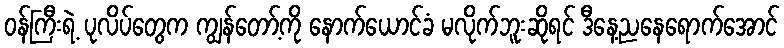
ဝန်ကြီးရဲ့ ပုလိပ်တွေက ကျွန်တော့်ကို နောက်ယောင်ခံ မလိုက်ဘူးဆိုရင် ဒီနေ့ညနေရောက်အောင်